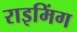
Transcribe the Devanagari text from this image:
राइमिंग